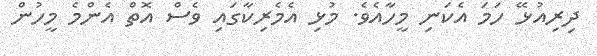
ދިރިއުޅޭ ހަމަ އެކަނި މީހާއެވެ. މުޅި އެމެރިކާގައި ވެސް އޮތް އެންމެ މީހުން